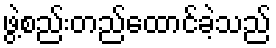
ဖွဲ့စည်းတည်ထောင်ခဲ့သည်